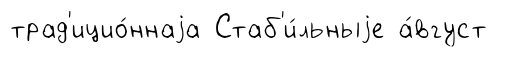
трад'ицио́ннаjа Стаб'и́льныjе а́вгуст